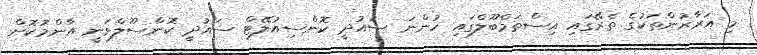
މި އަރާރުންތަކުގެ ތެރޭގައި އިސްތަމްބޫލްގައި ހުންނަ ސައުދީ ކޮންސިއުލޭޓް ސައުދީ ކޮންސޫލްވަނީ އާންމުކޮށް